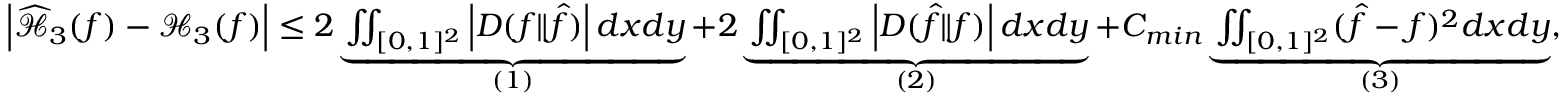
\begin{array} { r } { \left| \widehat { \mathcal { H } } _ { 3 } ( f ) - \mathcal { H } _ { 3 } ( f ) \right| \leq 2 \underbrace { \iint _ { [ 0 , 1 ] ^ { 2 } } \left| D ( f \| \hat { f } ) \right| d x d y } _ { ( 1 ) } + 2 \underbrace { \iint _ { [ 0 , 1 ] ^ { 2 } } \left| D ( \hat { f } \| f ) \right| d x d y } _ { ( 2 ) } + C _ { m i n } \underbrace { \iint _ { [ 0 , 1 ] ^ { 2 } } ( \hat { f } - f ) ^ { 2 } d x d y } _ { ( 3 ) } , } \end{array}